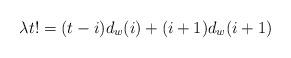
LaTeX: \begin{align*}\lambda t! = (t - i)d_{w}(i) + (i + 1)d_{w}(i + 1)\end{align*}